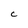
Character: C